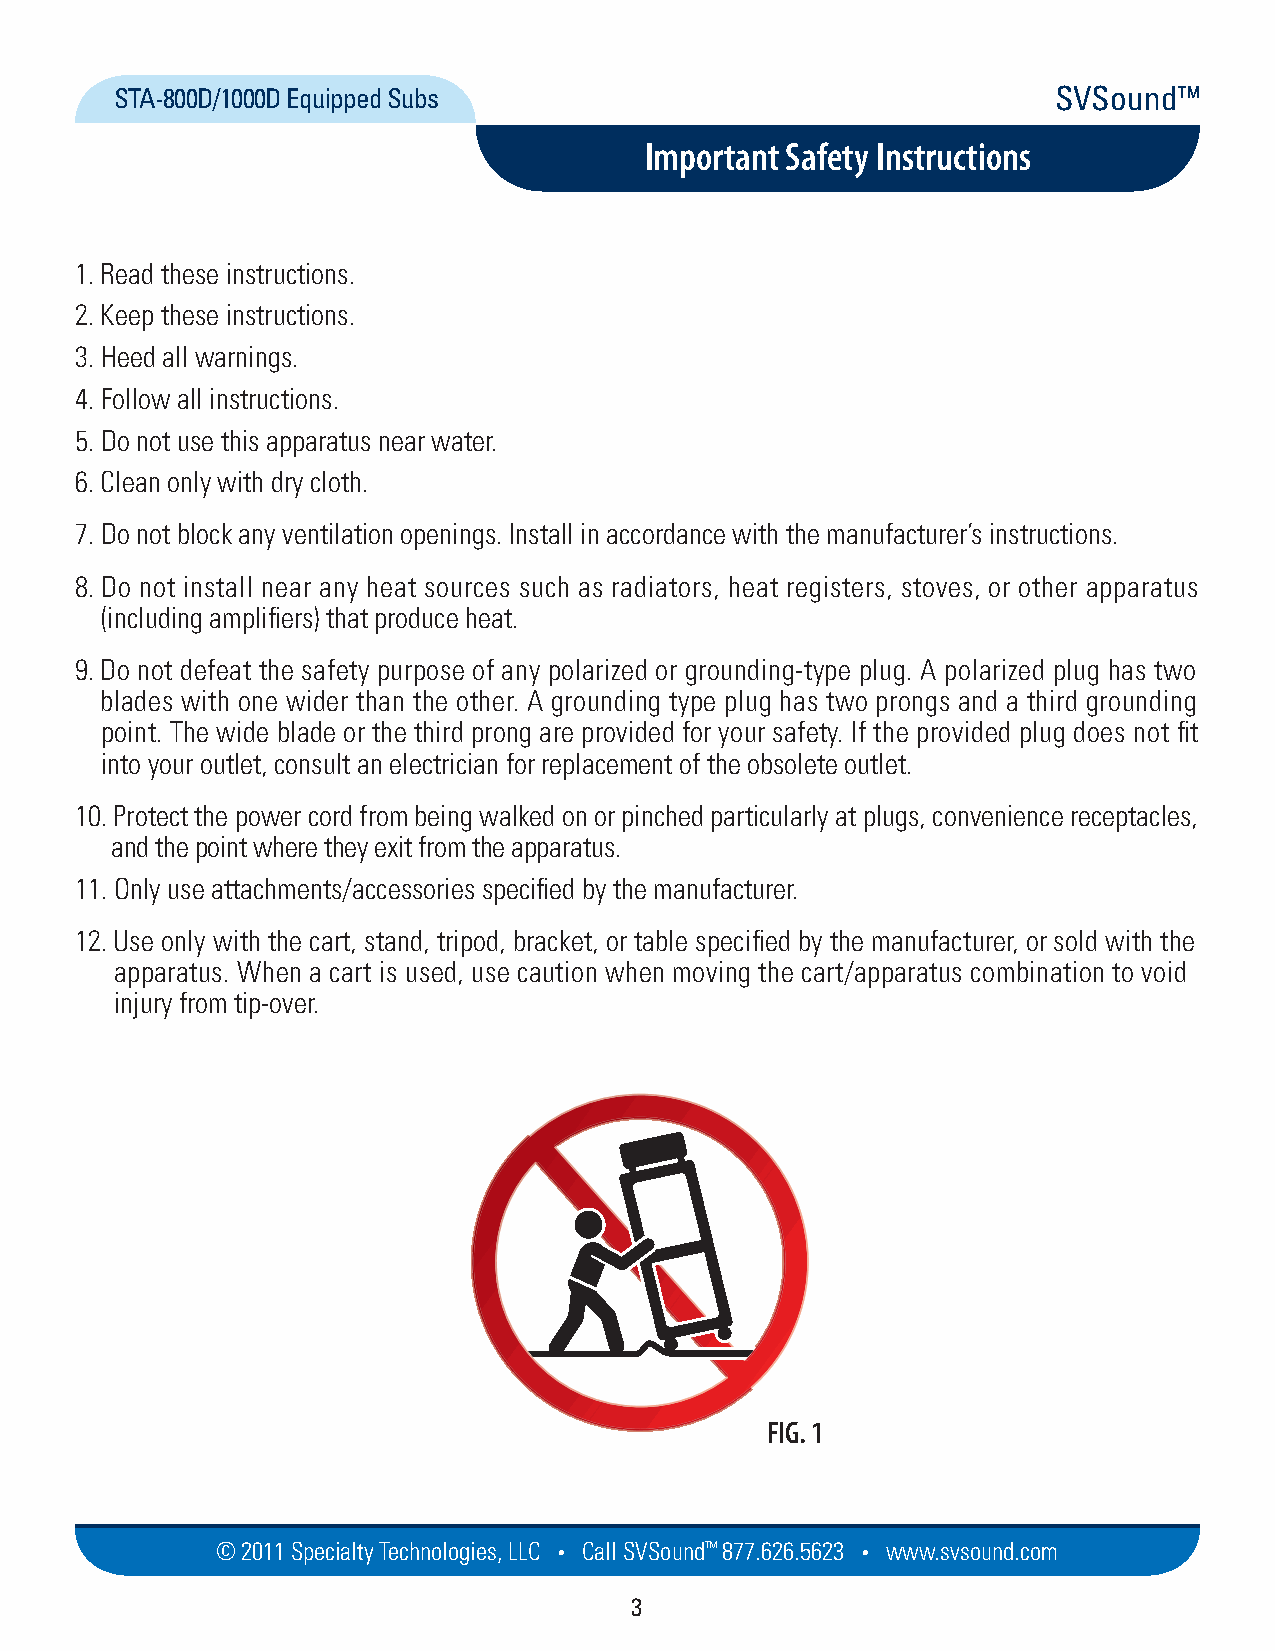
STA-800D/1000D Equipped Subs                                  SVSound™
 Important Safety Instructions
 1. Read these instructions.
 2. Keep these instructions.
 3. Heed all warnings.
 4. Follow all instructions.
 5. Do not use this apparatus near water.
 6. Clean only with dry cloth.
 7. Do not block any ventilation openings. Install in accordance with the manufacturer’s instructions.
 8. Do not install near any heat sources such as radiators, heat registers, stoves, or other apparatus
 (including amplifiers) that produce heat.
 9. Do not defeat the safety purpose of any polarized or grounding-type plug. A polarized plug has two
 blades with one wider than the other. A grounding type plug has two prongs and a third grounding
 point. The wide blade or the third prong are provided for your safety. If the provided plug does not fit
 into your outlet, consult an electrician for replacement of the obsolete outlet.
 10. Protect the power cord from being walked on or pinched particularly at plugs, convenience receptacles,
 and the point where they exit from the apparatus.
 11. Only use attachments/accessories specified by the manufacturer.
 12. Use only with the cart, stand, tripod, bracket, or table specified by the manufacturer, or sold with the
 apparatus. When a cart is used, use caution when moving the cart/apparatus combination to void
 injury from tip-over.
 FIG. 1
 © 2011 Specialty Techno logies, LLC • Call SVSound™ 877.626.5623 • www.svs ou nd.com
 3